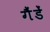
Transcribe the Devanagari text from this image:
गैंडें